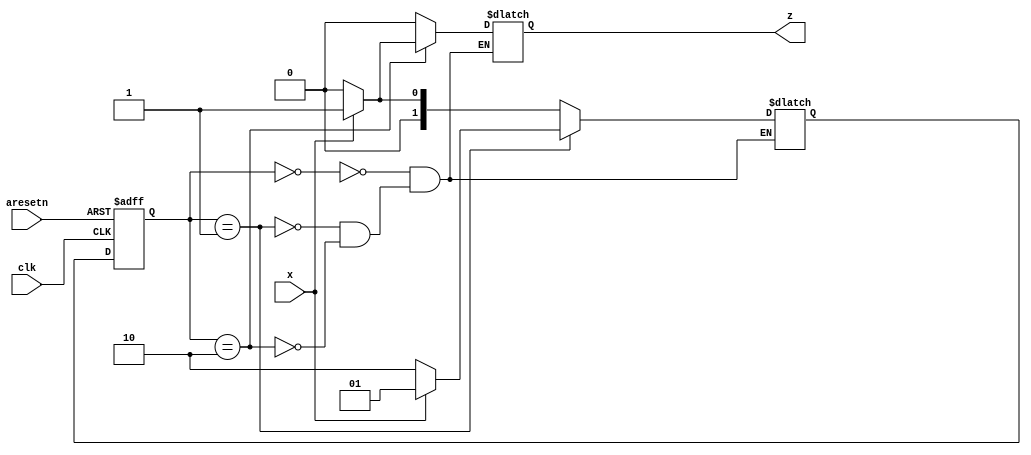
module top_module (
    input clk,
    input aresetn,    // Asynchronous active-low reset
    input x,
    output z ); 

    parameter RST=0, ONE=1, ZERO=2;
    reg [1:0] PS, NS;
    
    always @(PS, x)
        case(PS)
            RST:begin
                z <= 0;
                NS <= (x)? ONE:RST;
            end
            ONE:begin
                z <= 0;
                NS <= (x)? ONE:ZERO;
            end
            ZERO:begin
                z <= (x)? 1:0;
                NS <= (x)? ONE:RST;
            end
    	endcase
    
    always @(posedge clk, negedge aresetn)
        if(~aresetn)
            PS <= RST;
        else
            PS <= NS;
endmodule